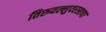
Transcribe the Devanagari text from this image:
तिरुवल्लुवरस्तथा